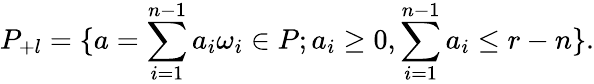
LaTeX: P_{+l}=\{ a=\sum_{i=1}^{n-1}a_{i}\omega_{i}\in P;a_{i}\ge 0,\sum_{i=1}^{n-1}a_{i}\le r-n\} .